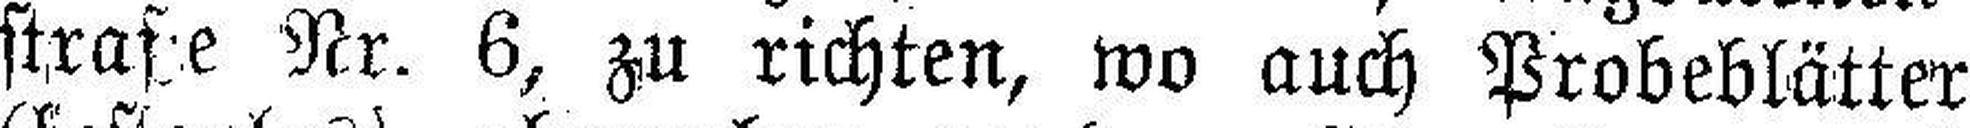
straße Nr. 6, zu richten, wo auch Probeblätter